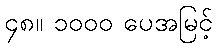
၄၈။ ၁၀၀၀ ပေအမြင့်